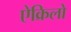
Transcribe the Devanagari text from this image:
ऐक्रिलो